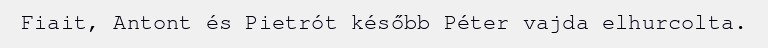
Fiait, Antont és Pietrót később Péter vajda elhurcolta.